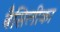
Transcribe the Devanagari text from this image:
बैसिलीका